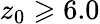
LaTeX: z_{\mathrm{0}}\geqslant 6.0